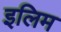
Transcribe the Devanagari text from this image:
इलिम